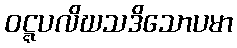
ဝဋ္ဋပလိဃသဒိသောပမာ